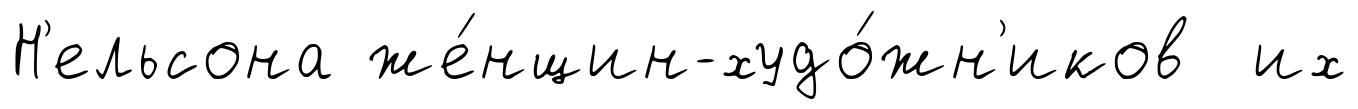
Н'ельсона же́нщин-худо́жн'иков их